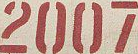
2007